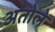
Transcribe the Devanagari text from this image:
अतोले